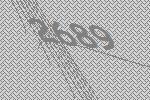
2689